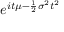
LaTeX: \! \, e ^ { i t \mu - { \frac { 1 } { 2 } } \sigma ^ { 2 } t ^ { 2 } }